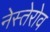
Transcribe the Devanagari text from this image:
नेस्तेरोव